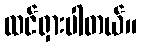
ထင်ရှားပါတယ်။